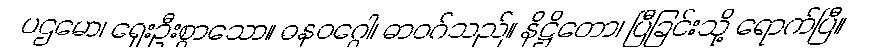
ပဌမော၊ ရှေးဦးစွာသော။ ဓနဝဂ္ဂေါ၊ ဓာဝဂ်သည်။ နိဋ္ဌိတော၊ ပြီခြင်းသို့ ရောက်ပြီ။